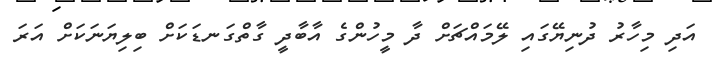
އަދި މިހާރު ދުނިޔޭގައި ލޭމައްޗަށް ދާ މީހުންގެ އާބާދީ ގާތްގަނޑަކަށް ބިލިޔަނަކަށް އަރަ